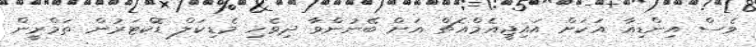
ވެސް އިންޑިއާ އަކަށް އައިޖީއެމްއެޗްް އަށް ބޭނުންވާ ދިވެހި މެޑިކަލް ޑޮކްޓަރުން ތަމްރީން